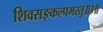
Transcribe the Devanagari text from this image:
शिवसङ्कल्पमस्तु॥३॥